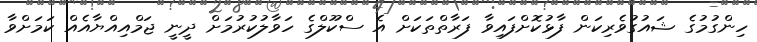
ހިންގުމުގެ ޝައުގުވެރިކަން ފާޅުކޮށްފައިވާ ފަރާތްތަކަށް އެ ސްކޫލްގެ ހަވާލުކުރުމަށް ދީނީ ޖަމްއިއްޔާއެއް ކަމަށްވާ